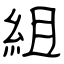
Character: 組